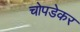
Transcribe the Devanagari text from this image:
चोपडेकर